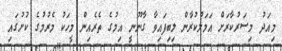
މިއަދު މިސަރުކާރަށް އަމަލުކުރާން ލިބިފައިވާ ގާނޫނީ އިމުގެ ތެރެއިން މީހަކު މެރުމުގެ ކުށުގައި